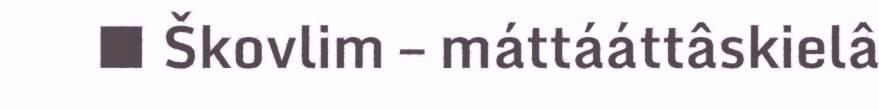
■ Škovlim – máttááttâskielâ